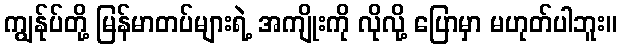
ကျွန်ုပ်တို့ မြန်မာတပ်များရဲ့ အကျိုးကို လိုလို့ ပြောမှာ မဟုတ်ပါဘူး။